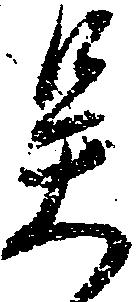
呉